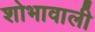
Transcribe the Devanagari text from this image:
शोभावाली